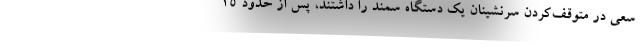
سعی در متوقف‌کردن سرنشینان یک دستگاه سمند را داشتند، پس از حدود ۱۵